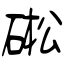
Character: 硹